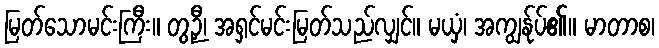
မြတ်သောမင်းကြီး။ တွဉှီ၊ အရှင်မင်းမြတ်သည်လျှင်။ မယှံ၊ အကျွန်ုပ်၏။ မာတာစ၊